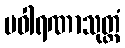
ပဝါရဏာသုတ္တံ